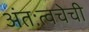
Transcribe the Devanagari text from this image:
अंतःत्वचेची